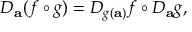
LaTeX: D _ { \mathbf { a } } ( f \circ g ) = D _ { g ( \mathbf { a } ) } f \circ D _ { \mathbf { a } } g ,